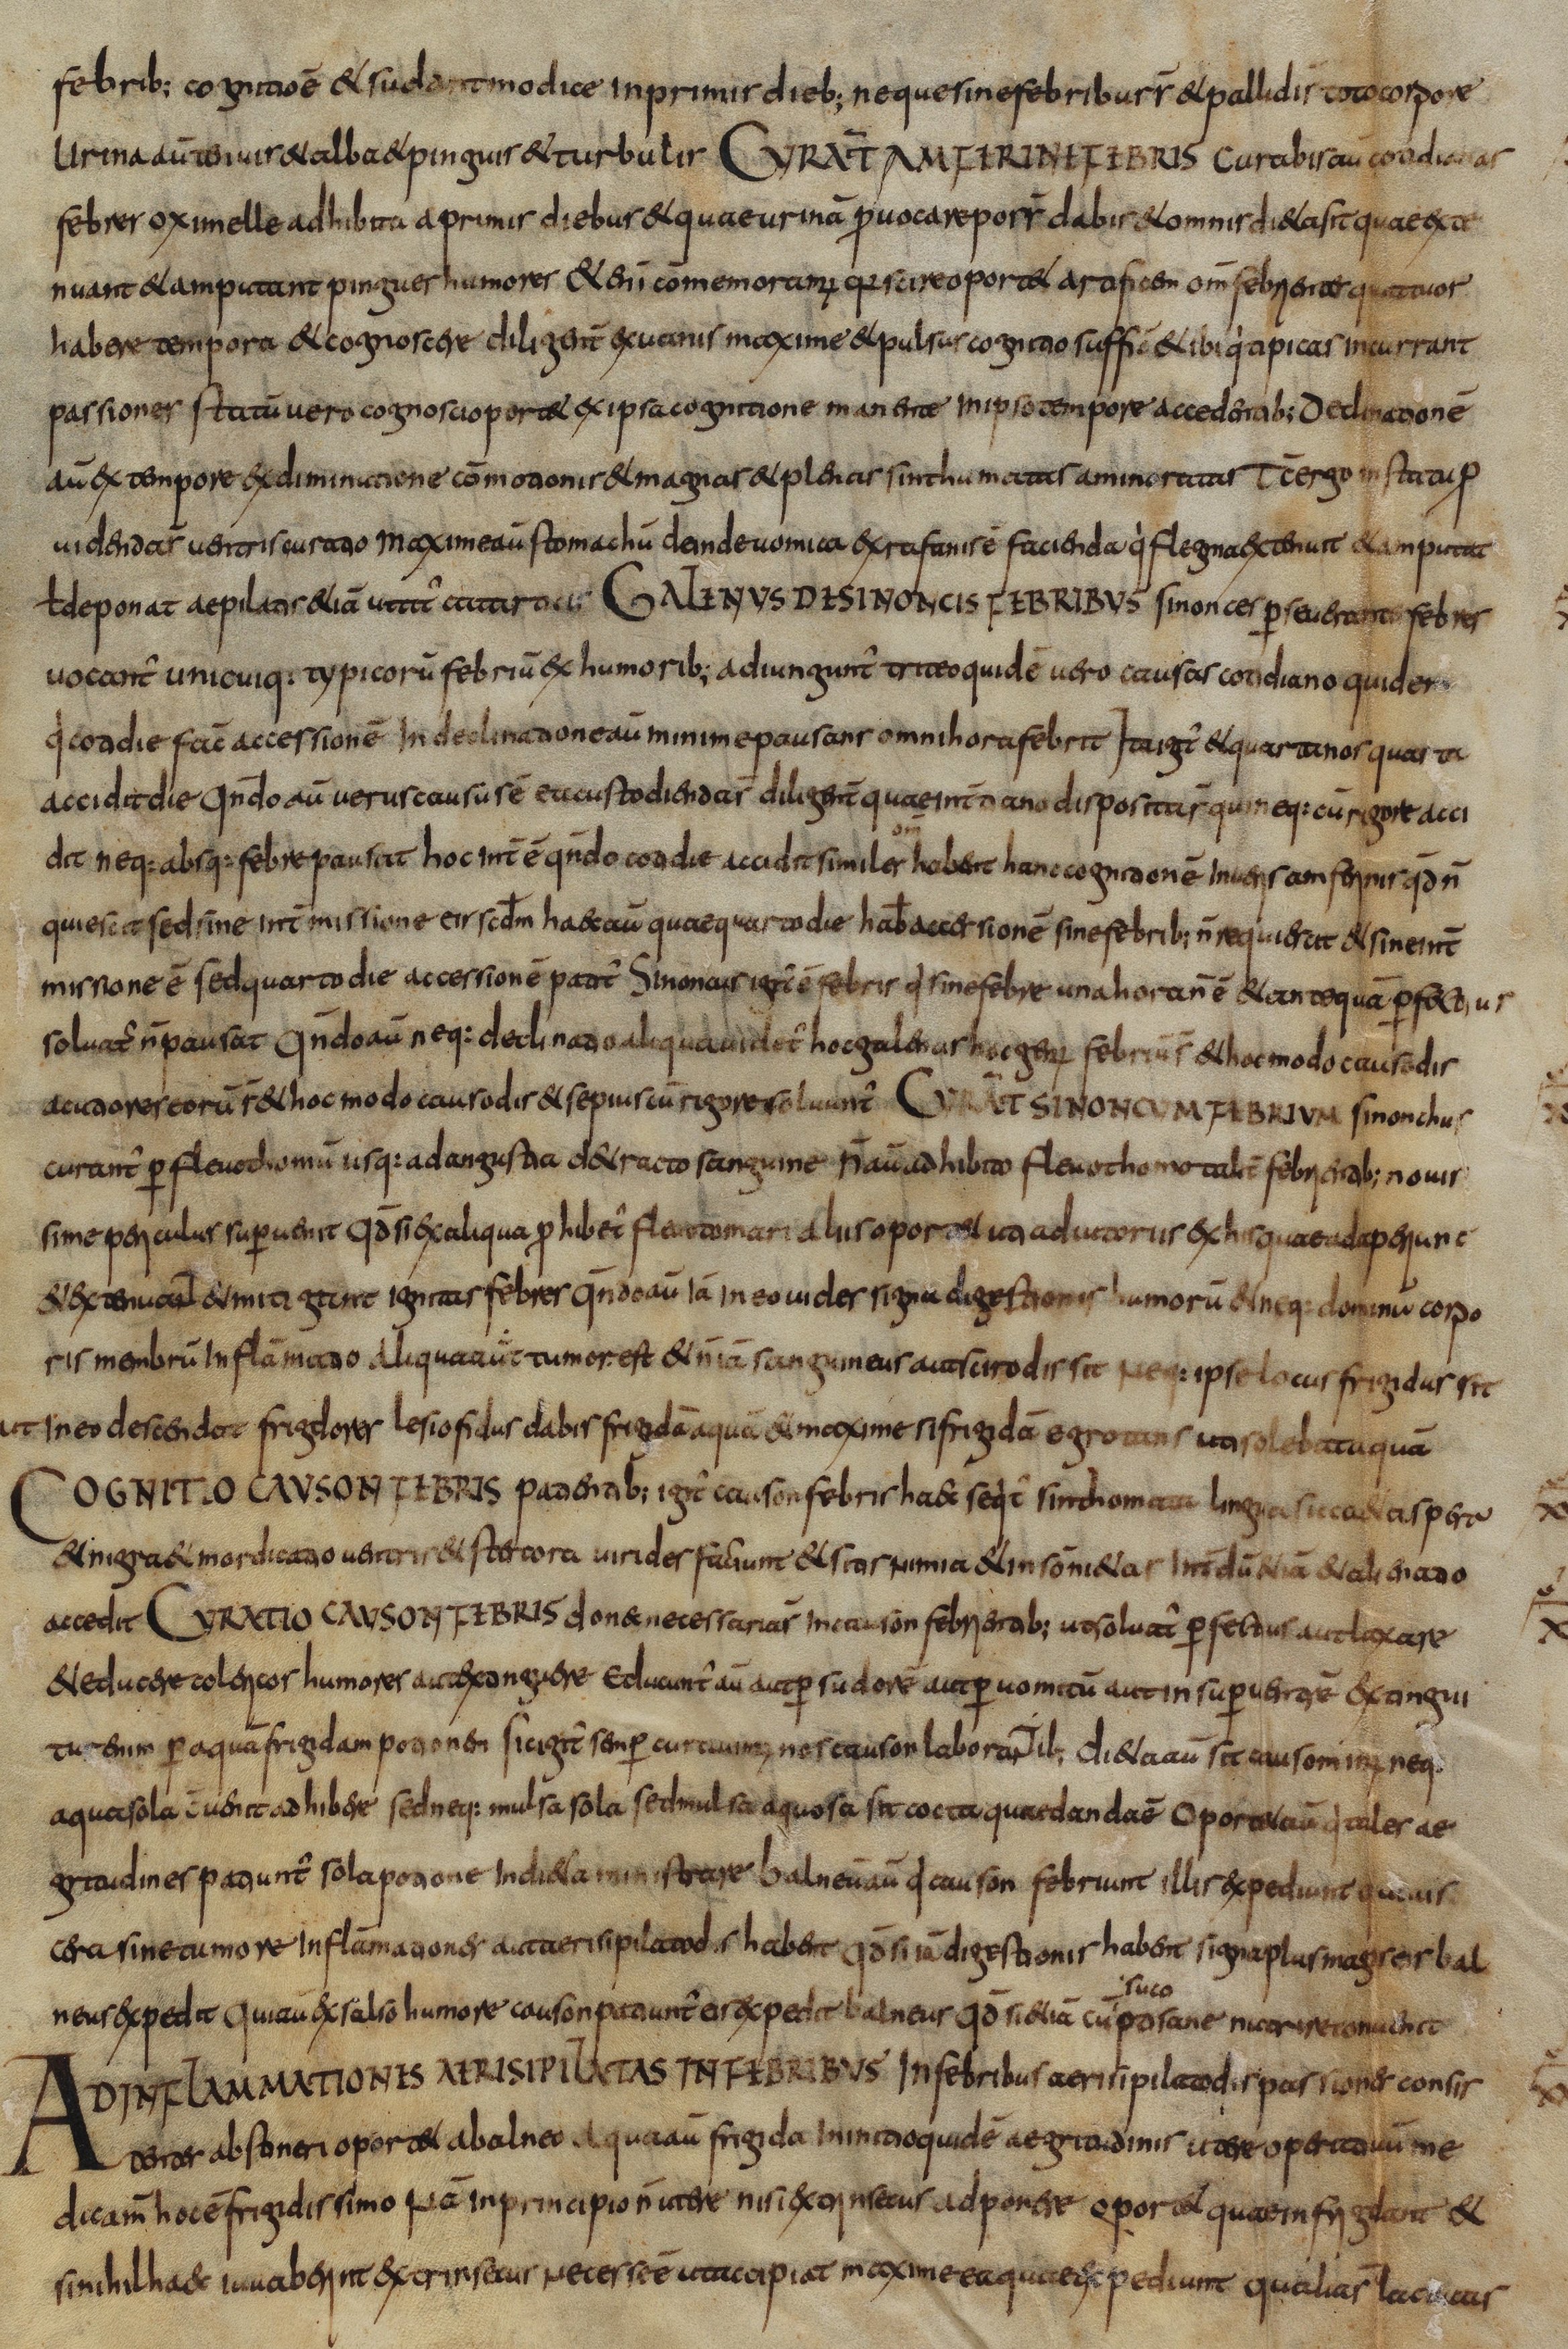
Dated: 800–830